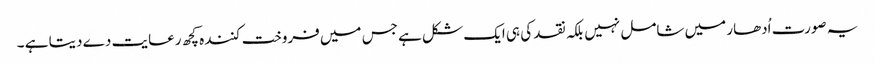
یہ صورت اُدھار میں شامل نہیں بلکہ نقد کی ہی ایک شکل ہے جس میں فروخت کنندہ کچھ رعایت دے دیتا ہے ۔